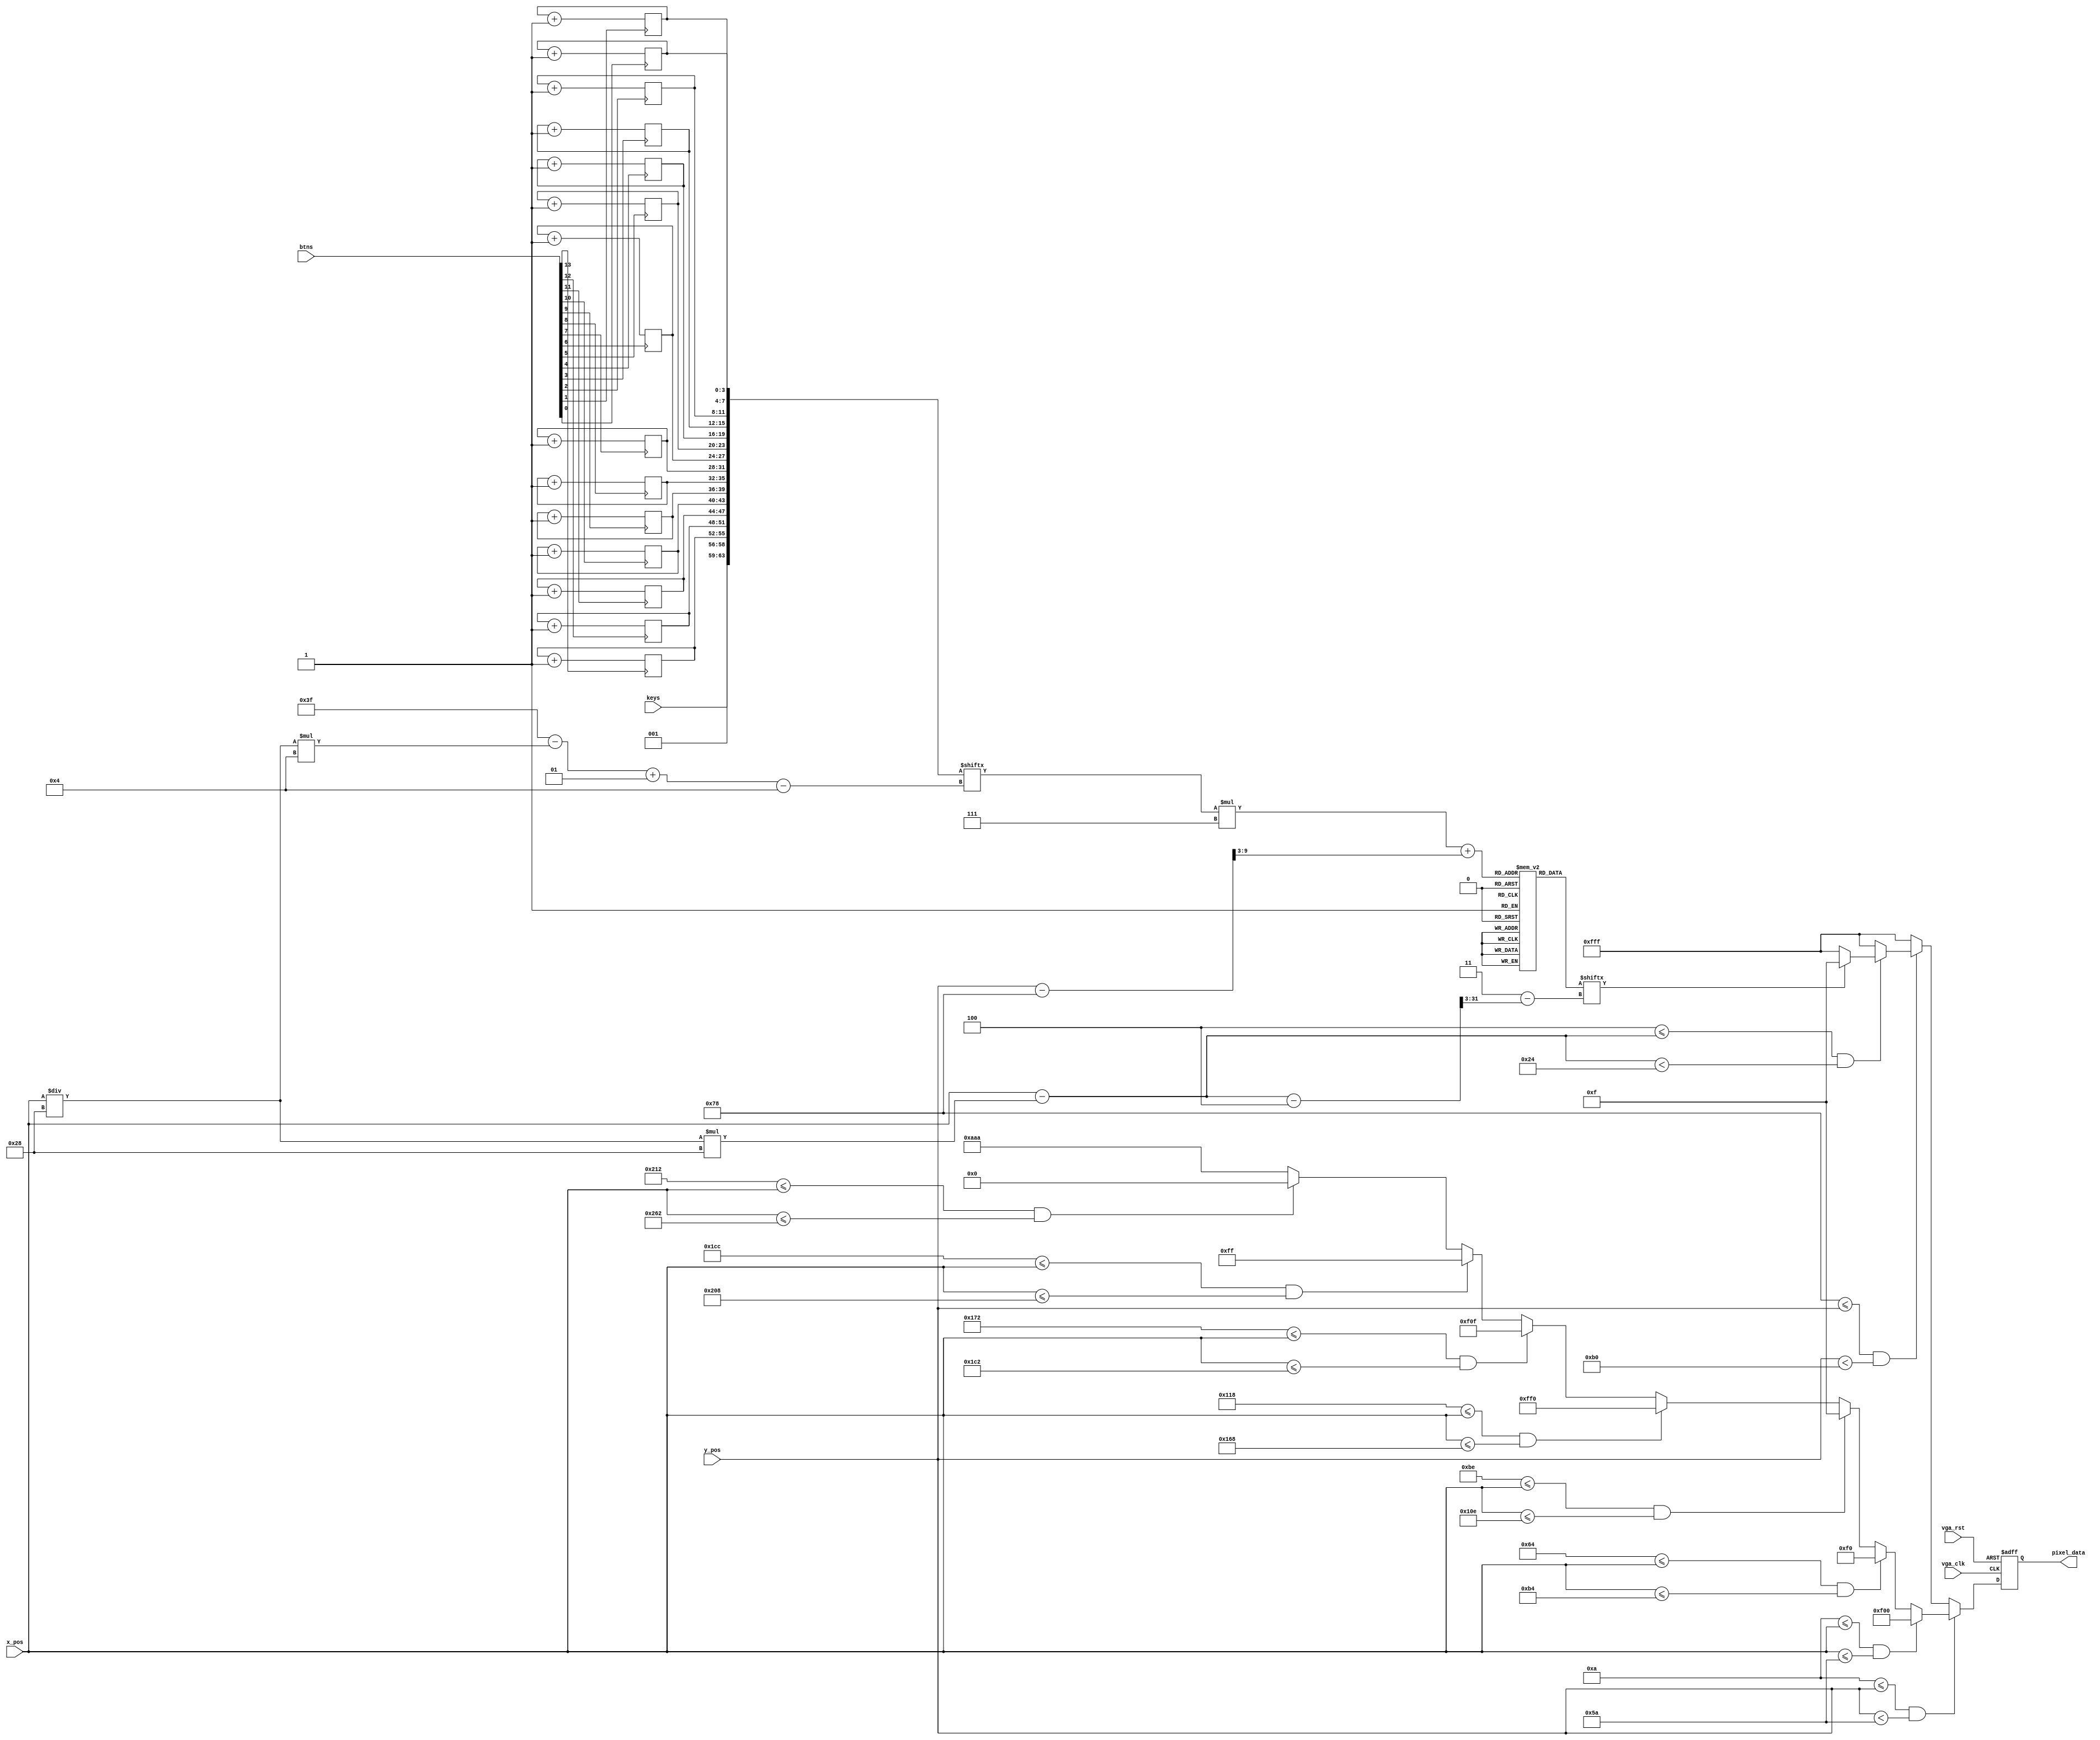
module page_PS2_debug(input vga_clk,
                  input [4:0] keys,
                  input vga_rst,
                  input [9:0] x_pos,
                  input [9:0] y_pos,
                  input [15:0] btns,
                  output reg [11:0] pixel_data); // 
    // x_pos in (0, 639), y_pos in (0, 479)
    reg [63:0] var = 63'h1145141919810893;
    reg [4:0] num_font [15:0][6:0];
    integer i;
    genvar j;
    initial begin // ??

        num_font[4'h0][0] = 4'b1111;
        num_font[4'h0][1] = 4'b1001;
        num_font[4'h0][2] = 4'b1001;
        num_font[4'h0][3] = 4'b1001;
        num_font[4'h0][4] = 4'b1001;
        num_font[4'h0][5] = 4'b1001;
        num_font[4'h0][6] = 4'b1111;
        
        num_font[4'h1][0] = 4'b0001;
        num_font[4'h1][1] = 4'b0011;
        num_font[4'h1][2] = 4'b0001;
        num_font[4'h1][3] = 4'b0001;
        num_font[4'h1][4] = 4'b0001;
        num_font[4'h1][5] = 4'b0001;
        num_font[4'h1][6] = 4'b0001;
        
        num_font[4'h2][0] = 4'b1111;
        num_font[4'h2][1] = 4'b0001;
        num_font[4'h2][2] = 4'b0001;
        num_font[4'h2][3] = 4'b1111;
        num_font[4'h2][4] = 4'b1000;
        num_font[4'h2][5] = 4'b1000;
        num_font[4'h2][6] = 4'b1111;
        
        num_font[4'h3][0] = 4'b1111;
        num_font[4'h3][1] = 4'b0001;
        num_font[4'h3][2] = 4'b0001;
        num_font[4'h3][3] = 4'b1111;
        num_font[4'h3][4] = 4'b0001;
        num_font[4'h3][5] = 4'b0001;
        num_font[4'h3][6] = 4'b1111;
        
        num_font[4'h4][0] = 4'b1001;
        num_font[4'h4][1] = 4'b1001;
        num_font[4'h4][2] = 4'b1001;
        num_font[4'h4][3] = 4'b1111;
        num_font[4'h4][4] = 4'b0001;
        num_font[4'h4][5] = 4'b0001;
        num_font[4'h4][6] = 4'b0001;
        
        num_font[4'h5][0] = 4'b1111;
        num_font[4'h5][1] = 4'b1000;
        num_font[4'h5][2] = 4'b1000;
        num_font[4'h5][3] = 4'b1111;
        num_font[4'h5][4] = 4'b0001;
        num_font[4'h5][5] = 4'b0001;
        num_font[4'h5][6] = 4'b1111;
        
        num_font[4'h6][0] = 4'b1111;
        num_font[4'h6][1] = 4'b1000;
        num_font[4'h6][2] = 4'b1000;
        num_font[4'h6][3] = 4'b1111;
        num_font[4'h6][4] = 4'b1001;
        num_font[4'h6][5] = 4'b1001;
        num_font[4'h6][6] = 4'b1111;
        
        num_font[4'h7][0] = 4'b1111;
        num_font[4'h7][1] = 4'b0001;
        num_font[4'h7][2] = 4'b0001;
        num_font[4'h7][3] = 4'b0001;
        num_font[4'h7][4] = 4'b0001;
        num_font[4'h7][5] = 4'b0001;
        num_font[4'h7][6] = 4'b0001;
        
        num_font[4'h8][0] = 4'b1111;
        num_font[4'h8][1] = 4'b1001;
        num_font[4'h8][2] = 4'b1001;
        num_font[4'h8][3] = 4'b1111;
        num_font[4'h8][4] = 4'b1001;
        num_font[4'h8][5] = 4'b1001;
        num_font[4'h8][6] = 4'b1111;
        
        num_font[4'h9][0] = 4'b1111;
        num_font[4'h9][1] = 4'b1001;
        num_font[4'h9][2] = 4'b1001;
        num_font[4'h9][3] = 4'b1111;
        num_font[4'h9][4] = 4'b0001;
        num_font[4'h9][5] = 4'b0001;
        num_font[4'h9][6] = 4'b1111;
        
        num_font[4'ha][0] = 4'b0000;
        num_font[4'ha][1] = 4'b0000;
        num_font[4'ha][2] = 4'b0110;
        num_font[4'ha][3] = 4'b1001;
        num_font[4'ha][4] = 4'b1001;
        num_font[4'ha][5] = 4'b1011;
        num_font[4'ha][6] = 4'b0101;
        
        num_font[4'hb][0] = 4'b1000;
        num_font[4'hb][1] = 4'b1000;
        num_font[4'hb][2] = 4'b1110;
        num_font[4'hb][3] = 4'b1001;
        num_font[4'hb][4] = 4'b1001;
        num_font[4'hb][5] = 4'b1001;
        num_font[4'hb][6] = 4'b1110;
        
        num_font[4'hc][0] = 4'b0000;
        num_font[4'hc][1] = 4'b0000;
        num_font[4'hc][2] = 4'b0110;
        num_font[4'hc][3] = 4'b1001;
        num_font[4'hc][4] = 4'b1000;
        num_font[4'hc][5] = 4'b1000;
        num_font[4'hc][6] = 4'b0111;
        
        num_font[4'hd][0] = 4'b0001;
        num_font[4'hd][1] = 4'b0001;
        num_font[4'hd][2] = 4'b0111;
        num_font[4'hd][3] = 4'b1001;
        num_font[4'hd][4] = 4'b1001;
        num_font[4'hd][5] = 4'b1001;
        num_font[4'hd][6] = 4'b0111;
        
        num_font[4'he][0] = 4'b0000;
        num_font[4'he][1] = 4'b0000;
        num_font[4'he][2] = 4'b1110;
        num_font[4'he][3] = 4'b1001;
        num_font[4'he][4] = 4'b1110;
        num_font[4'he][5] = 4'b1000;
        num_font[4'he][6] = 4'b0111;
        
        num_font[4'hf][0] = 4'b0011;
        num_font[4'hf][1] = 4'b0100;
        num_font[4'hf][2] = 4'b1111;
        num_font[4'hf][3] = 4'b0100;
        num_font[4'hf][4] = 4'b0100;
        num_font[4'hf][5] = 4'b0100;
        num_font[4'hf][6] = 4'b0100;
    end
    generate
    for(j = 0; j < 14; j = j + 1) begin
        always @(negedge btns[j]) begin
            var[j * 4 + 3 -: 4] = var[j * 4 + 3-: 4] + 4'b1;
        end
    end
    endgenerate
    // always @(btns) begin
    //     prev_btns = cur_btns; // ??
    //     cur_btns = btns;
    //     for (i = 0; i < 16; i = i + 1) begin
    //         if (prev_btns[i] && ~cur_btns[i]) begin // &?&&
    //             var[i * 4 + 3 -: 4] = var[i * 4 + 3 -: 4] + 4'b1;
    //         end
    //     end
    // end
    always @(keys) begin
        var[63-:5]=keys;
        end
    always @(posedge vga_clk or posedge vga_rst) begin
        if (vga_rst) begin
            pixel_data <= 0;
        end
        else begin
            if (10 <= y_pos && y_pos < 90) begin
                if (10 <= x_pos && x_pos <= 90) begin
                    pixel_data <= 12'hf00;
                    end else if (100 <= x_pos && x_pos <= 180) begin
                    pixel_data <= 12'h0f0;
                    end else if (190 <= x_pos && x_pos <= 270) begin
                    pixel_data <= 12'h00f;
                    end else if (280 <= x_pos && x_pos <= 360) begin
                    pixel_data <= 12'hff0;
                    end else if (370 <= x_pos && x_pos <= 450) begin
                    pixel_data <= 12'hf0f;
                    end else if (460 <= x_pos && x_pos <= 520) begin
                    pixel_data <= 12'h0ff;
                    end else if (530 <= x_pos && x_pos <= 610) begin
                    pixel_data <= 12'h000;
                    end else begin
                    pixel_data <= 12'haaa;
                    end 
            end else if (120 <= y_pos && y_pos < 120 + 8 * 7) begin
                i = x_pos / 40;
                if (4 <= x_pos - i * 40 && x_pos - i * 40 < 36) begin
                    if (num_font[var[63 - i * 4 -: 4]][(y_pos - 120) >> 3][3 -((x_pos - i * 40 - 4) >> 3)]) begin
                        pixel_data <= 12'h00f;
                        end else begin
                        pixel_data <= 12'hfff;
                        end
                end else begin
                    pixel_data <= 12'hfff;
                end
            end else begin
                pixel_data <= 12'hfff;
            end
        end
    end
endmodule